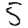
Digit: 5